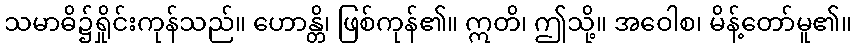
သမာဓိ၌ရှိုင်းကုန်သည်။ ဟောန္တိ၊ ဖြစ်ကုန်၏။ ဣတိ၊ ဤသို့။ အဝေါစ၊ မိန့်တော်မူ၏။